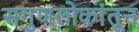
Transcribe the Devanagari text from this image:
सगुणलोकांतून